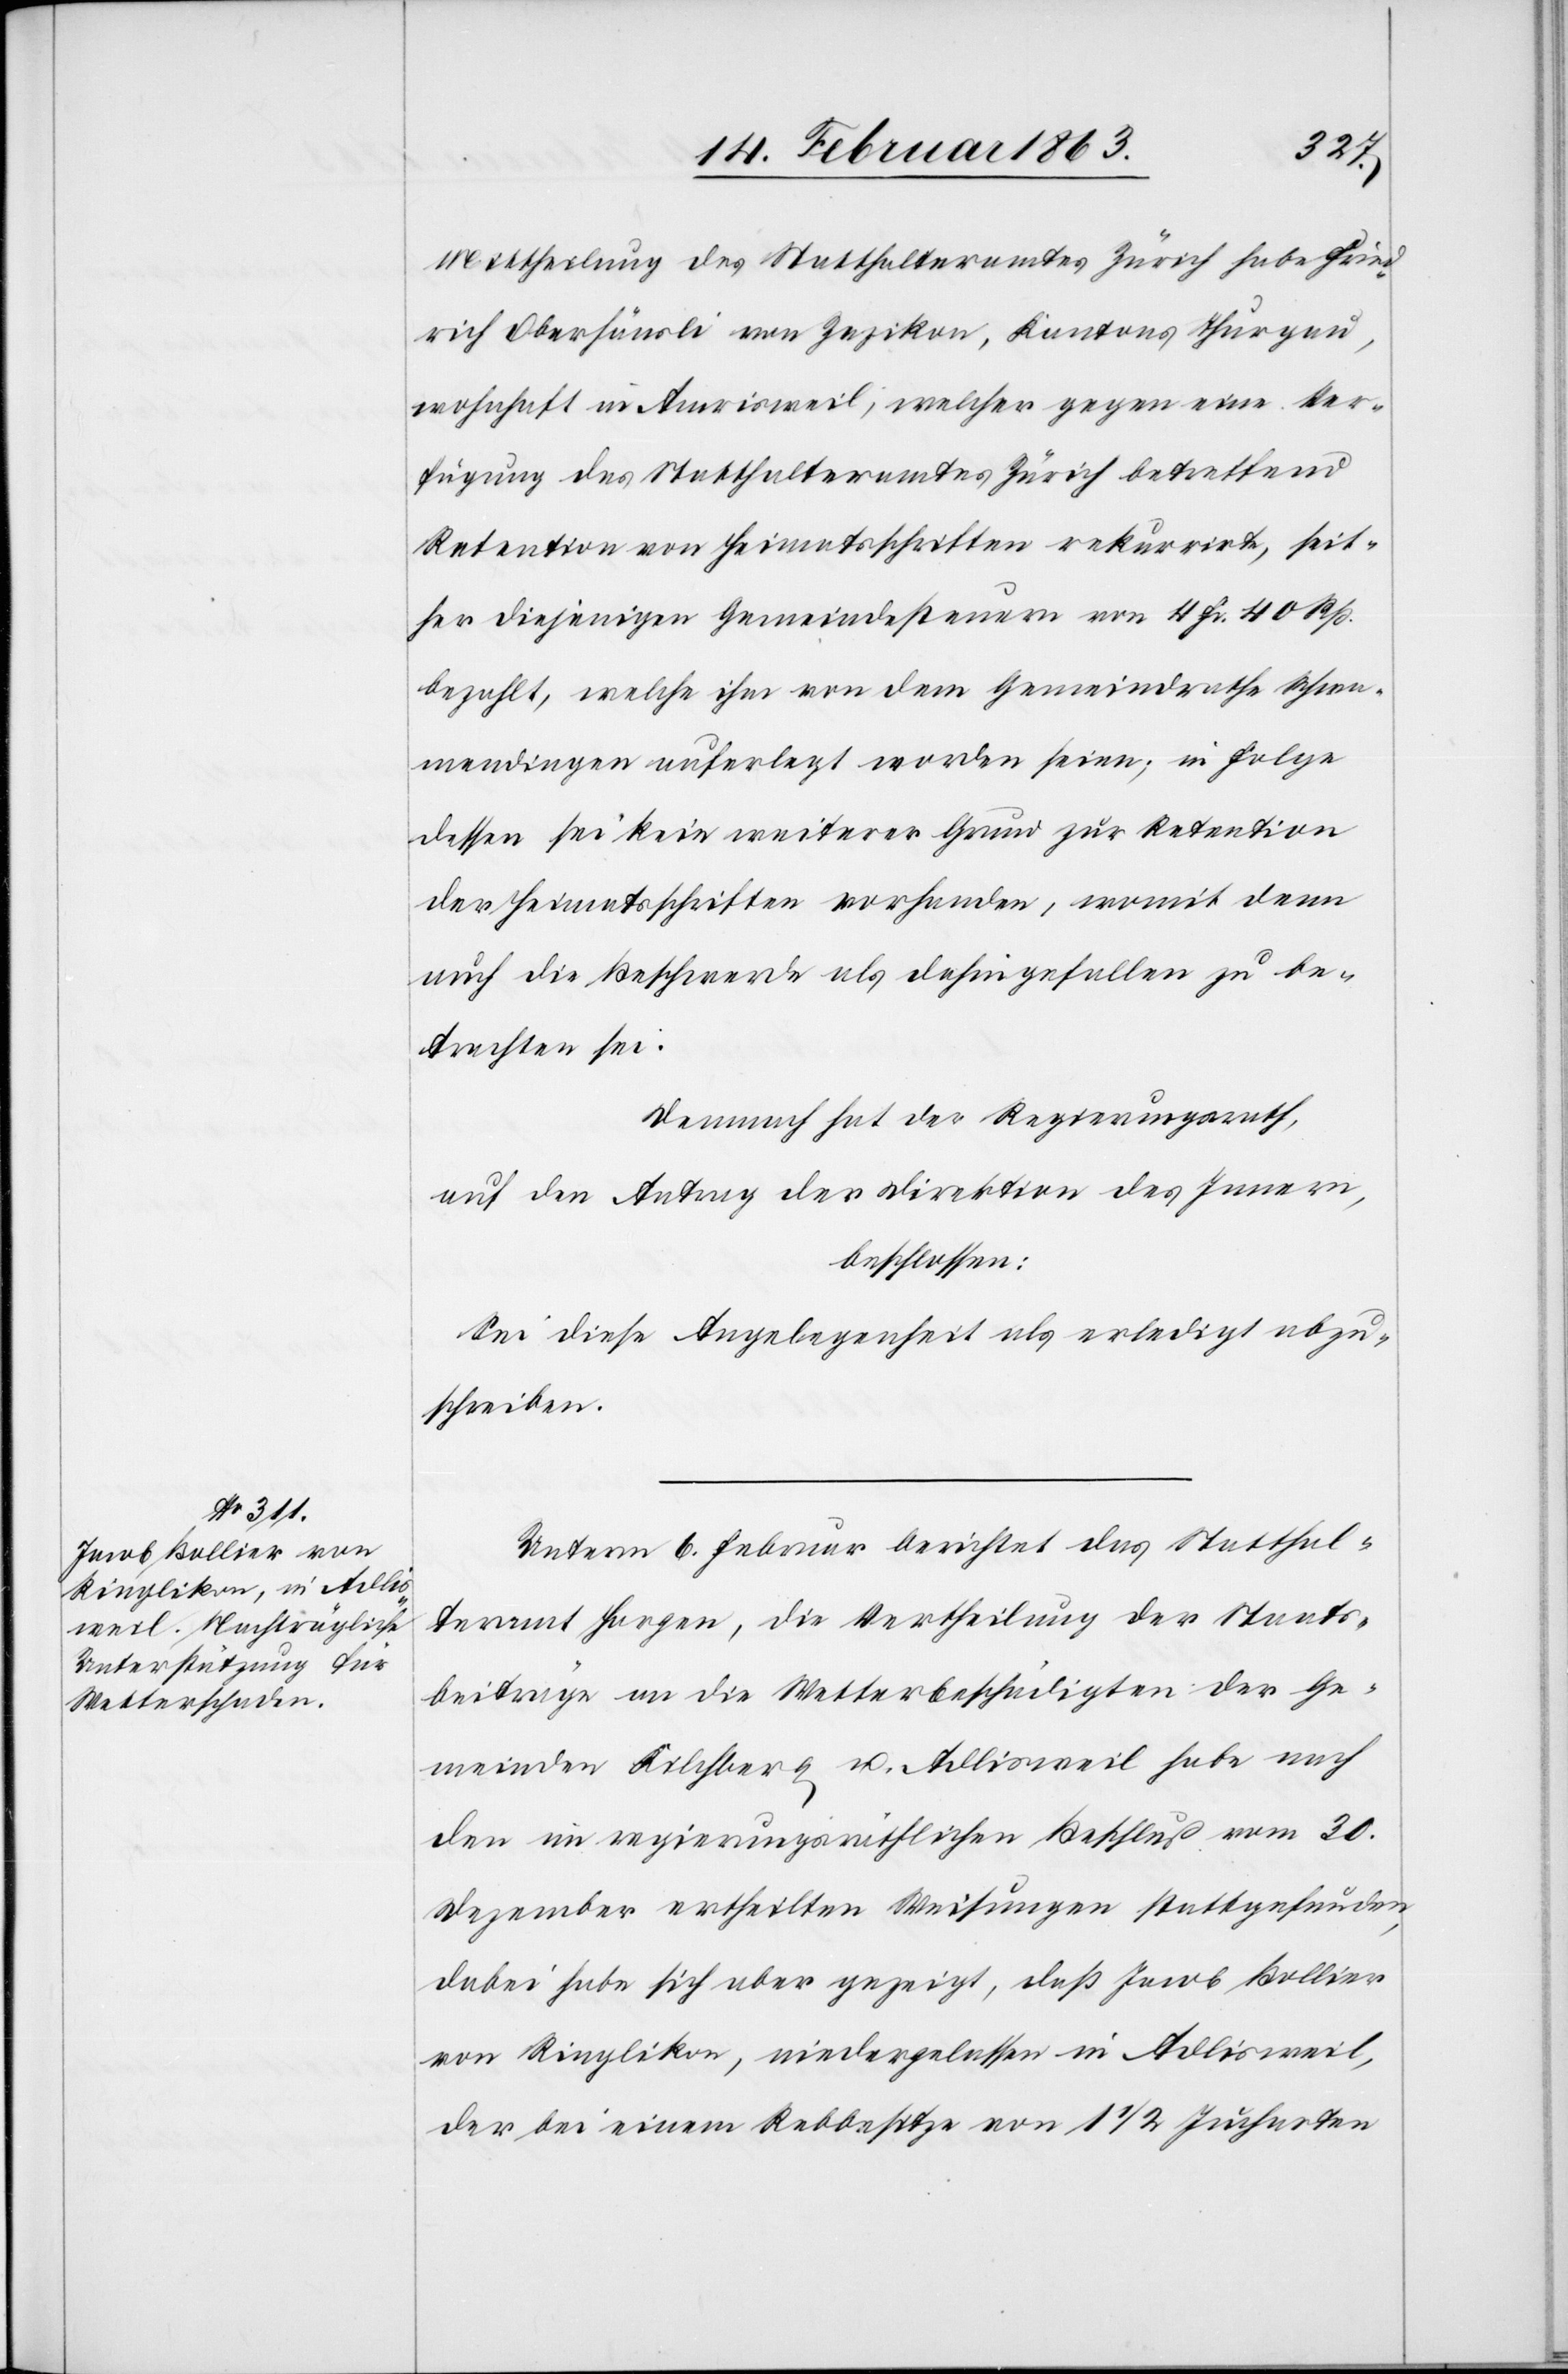
Mittheilung des Statthalteramtes Zürich habe Fried¬
rich Oberhäusli von Zezikon, Kantons Thurgau,
wohnhaft in Amrisweil, welcher gegen eine Ver¬
fügung des Statthalteramtes Zürich betreffend
Retention von Heimatsschriften rekurrirte, seit¬
her diejenigen Gemeindesteuern von 4 Fr. 40 Rp.
bezahlt, welche ihm von dem Gemeindrathe Schwa¬
mendingen auferlegt worden seien; in Folge
dessen sei kein weiterer Grund zur Retention
der Heimatsschriften vorhanden, womit denn
auch die Beschwerde als dahingefallen zu be¬
trachten sei.
Demnach hat der Regierungsrath,
auf den Antrag der Direktion des Innern,
beschlossen:
Sei diese Angelegenheit als erledigt abzu¬
schreiben.
Unterm 6. Februar berichtet das Statthal¬
teramt Horgen, die Vertheilung der Staats¬
beiträge an die Wetterbeschädigten der Ge¬
meinden Kilchberg u. Adlisweil habe nach
den im regierungsräthlichen Beschluß vom 30.
Dezember ertheilten Weisungen stattgefunden,
dabei habe sich aber gezeigt, daß Jacob Bollier
von Ringlikon, niedergelassen in Adlisweil,
der bei einem Rebbesitze von 1 1/2 Jucharten